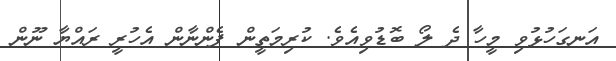
އަނގަހުޅުވި މީހާ ދެ ލޯ ބޮޑުވިއެވެ. ކުރިމަތީން ފެންނާން އެހުރީ ރައްޔާ ނޫން